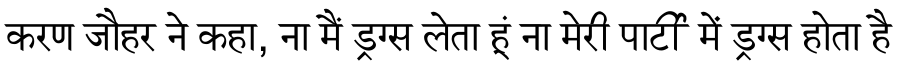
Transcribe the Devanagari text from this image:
करण जौहर ने कहा, ना मैं ड्रग्स लेता हूं ना मेरी पार्टी में ड्रग्स होता है